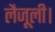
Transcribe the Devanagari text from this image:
लैजूली।